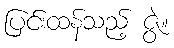
ပြင်းထန်သည့် ဇွဲ။